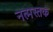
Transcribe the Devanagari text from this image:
नत्मस्तक